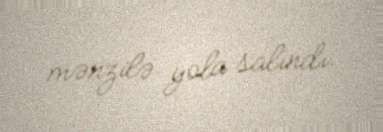
mənzilə yola salındı.